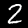
Digit: 2